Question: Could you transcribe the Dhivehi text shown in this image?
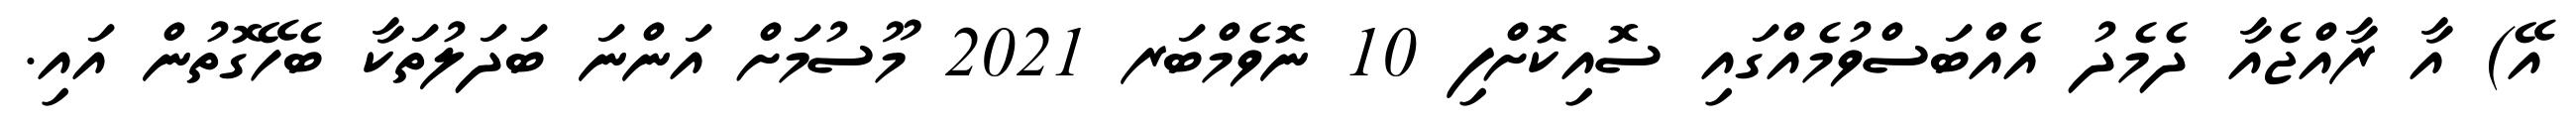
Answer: އޭ) އާ ރާއްޖެއާ ދެމެދު އެއްބަސްވުމެއްގައި ސޮއިކޮށްފި 10 ނޮވެމްބަރ 2021 މޫސުމަށް އަންނަ ބަދަލުތަކާ ބެހޭގޮތުން އައި.